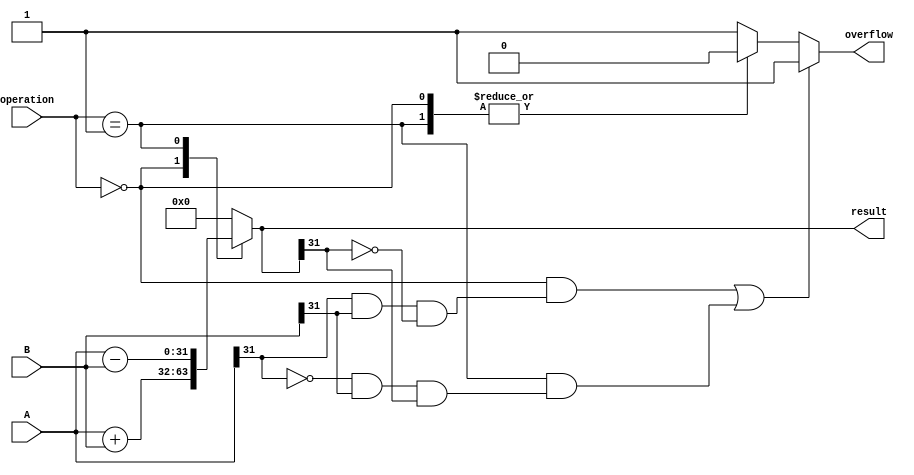
module ALU_32bit (
  input [31:0] A,
  input [31:0] B,
  input [3:0] operation,
  output reg [31:0] result,
  output reg overflow
);

always @(*) begin
  overflow = 0;
  
  case(operation)
    4'b0000: result = A + B; // Addition
    4'b0001: result = A - B; // Subtraction
    default: begin
      result = 32'b0;
      overflow = 1; // Invalid operation
    end
  endcase
  
  if((operation == 4'b0000 && (A[31] & B[31] & ~result[31])) || // Positive overflow
     (operation == 4'b0001 && ~A[31] & B[31] & result[31])) // Negative overflow
  begin
    overflow = 1;
  end
end

endmodule